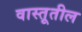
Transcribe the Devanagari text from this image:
वास्तूतील